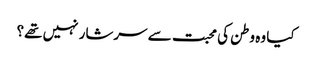
کیا وہ وطن کی محبت سے سرشار نہیں تھے؟